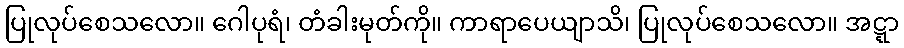
ပြုလုပ်စေသလော။ ဂေါပုရံ၊ တံခါးမုတ်ကို။ ကာရာပေယျာသိ၊ ပြုလုပ်စေသလော။ အဋ္ဋာ